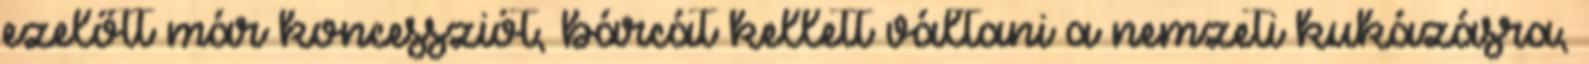
ezelőtt már koncessziót, bárcát kellett váltani a nemzeti kukázásra,